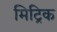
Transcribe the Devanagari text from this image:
मिट्रिक